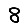
Digit: 8